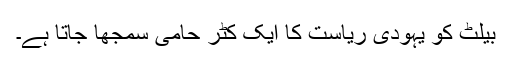
بیلٹ کو یہودی ریاست کا ایک کٹر حامی سمجھا جاتا ہے۔